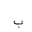
Letter: _ba